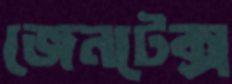
জেনটেক্স